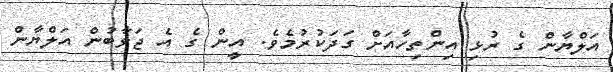
އަލްޔާން ގެ ރުޅި އިންތިހާއަށް ގަދަކުރުމެވެ. އީން ގެ އެ ޖަވާބުން އަލްޔާން